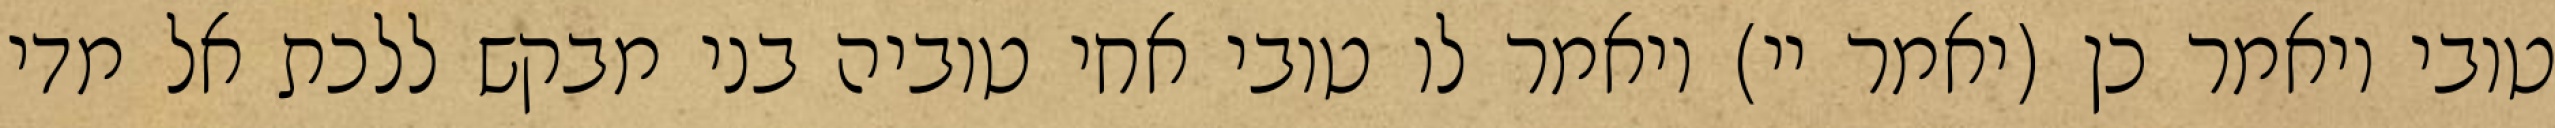
טובי ויאמר כן (יאמר יי) ויאמר לו טובי אחי טוביה בני מבקש ללכת אל מדי